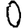
Digit: 0